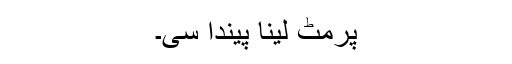
پرمٹ لینا پیندا سی۔